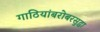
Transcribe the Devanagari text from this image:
गाठियांबरोबरसुद्धा